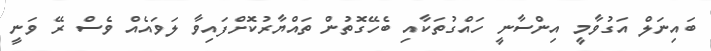
ބައިނަލް އަގުވާމީ އިންސާނީ ހައްގުތަކާއި ބެހޭގޮތުން ތައްޔާރުކޮށްފައިވާ ލަވައެއް ވެސް ރޭ ވަނީ